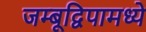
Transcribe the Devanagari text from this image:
जम्बूद्विपामध्ये